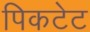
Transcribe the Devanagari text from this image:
पिकटेट